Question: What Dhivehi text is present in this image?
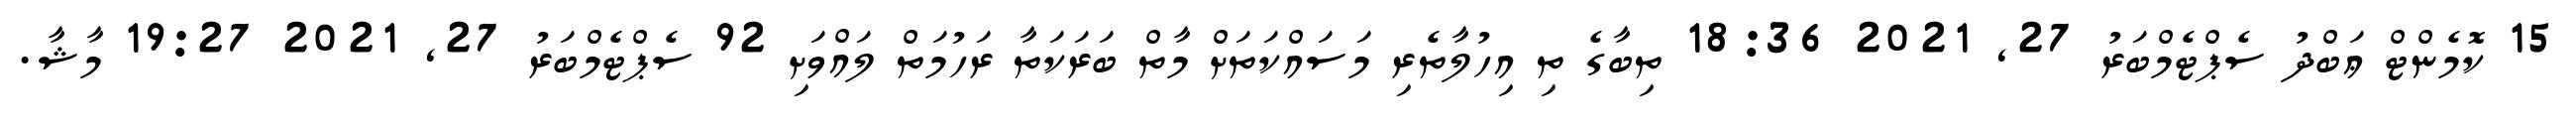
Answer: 15 ކޮމެންޓް ޢަބްދު ސެޕްޓެމްބަރު 27, 2021 18:36 ތިބާގެ ތި އިހުލާތެރި މަސައްކަތަށް މާތް ބަރަކަތާ ރަހުމަތް ލައްވަށި 92 ސެޕްޓެމްބަރު 27, 2021 19:27 މާޝާ.